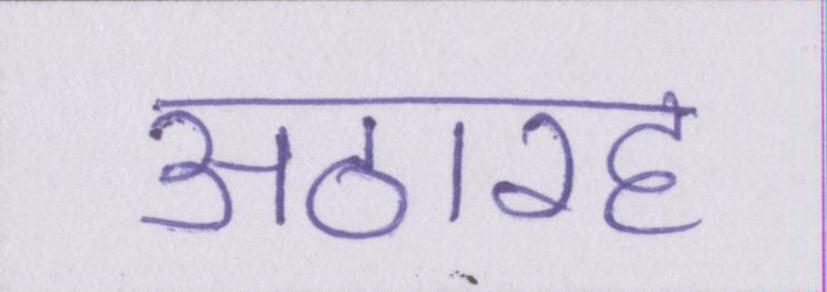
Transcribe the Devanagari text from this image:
अठारह